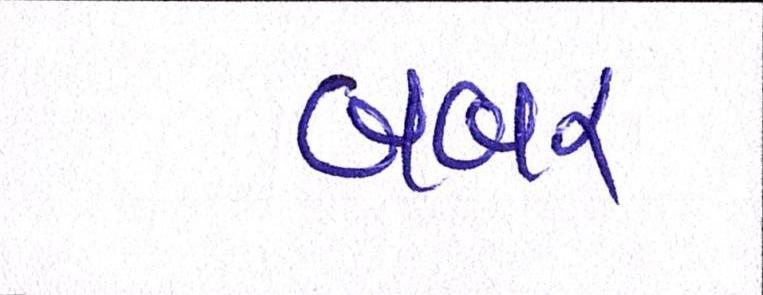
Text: બબર